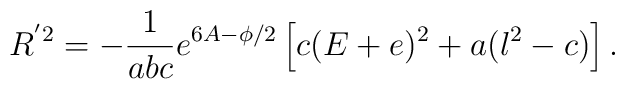
R^{'2} = - \frac{1}{abc}e^{6A -\phi/2} \left[ c(E+e)^2 + a (l^2 -c) \right].